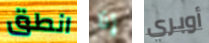
انطق إذا أوبري